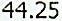
44.25